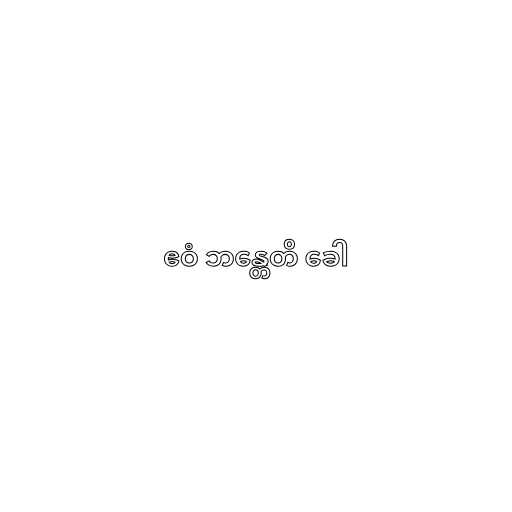
ဧဝံ ဘန္တေတိ ခေါ